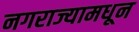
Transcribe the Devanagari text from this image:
नगराज्यामधून